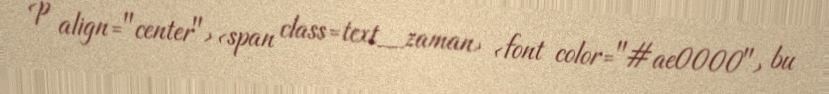
<p align="center"><span class=text_zaman> <font color="#ae0000"> bu